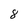
Character: 8